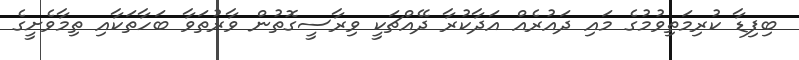
ބިފިޑާ ކުރިމަތިވުމުގެ މައި ދައުރެއް އަދާކުރާ ދޭއްޗަކީ ވިރާސީގޮތުން ވާރުތަވާ ބަހާތަކާއި ތިމާވެށީގެ